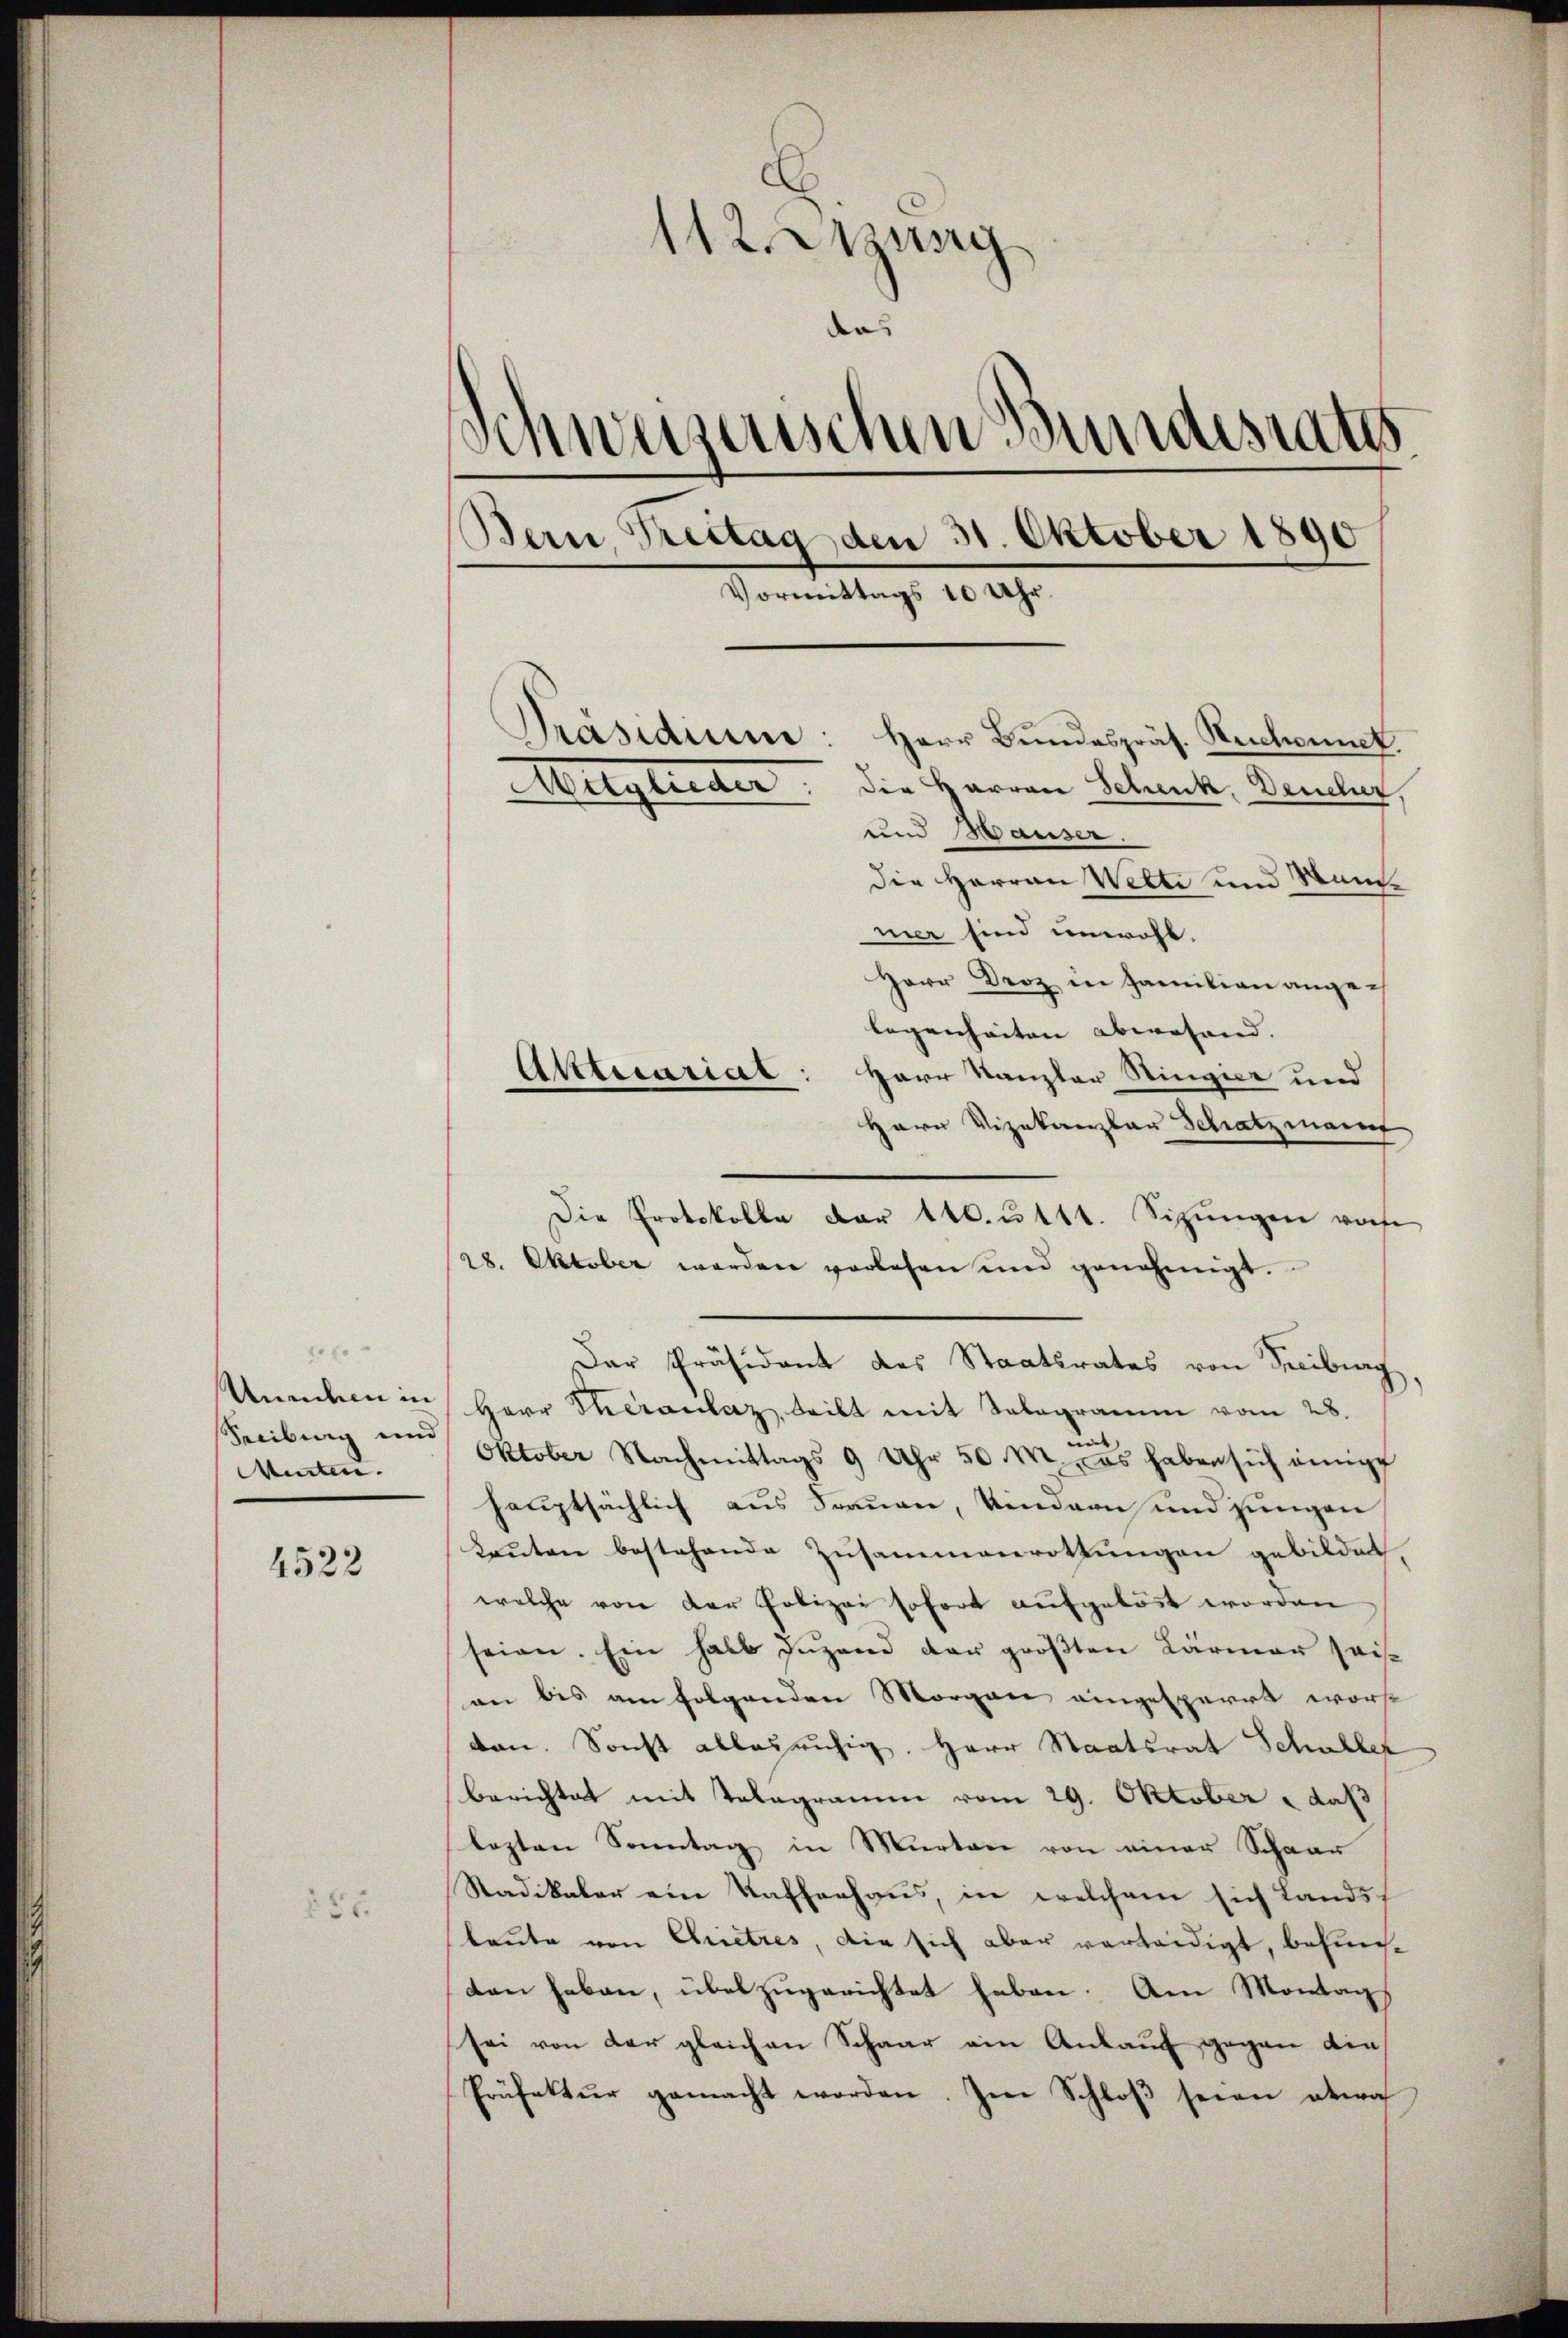
Unneben in
Seibung und
Mieten.

4522

55.

112. Jung
das
Schweizerischen Bundesraths
Bern Testag den 31. Oktober 1890
Vormittags 10 Uhr.
Präsidium: Herr Bundespräs. Ruchonnet.
Mitglieder. Die Harren Schenk, Demler,
und Hauser.

die Herren Wette und Manmer sind unwohl.
Herr Droz in Familien angelegenheiten abwesend. |
Atttuariat: Herr Kanzler Ringier und
Herr Vizekanzlar Schatzman
Die Protokolle der 140.ŭttt. Sizŭngen vorhe
28. Oktober werden vorlesen und genehmigt.
Der Präsident des Staatsrates von Freiburg
)
Herr Theranlaz teilt mit Telegramm vom 28.
Oktober Nachmittags 9 Uhr 50 M. das haben sich einige
hauptsächlich aus Frauen, Vindern und jungen
kauten bestehende Zusammenrottungen gebildet
welche von der Polizei sofort aufgelöst worden
seien. Ein halb Jŭgend der gröβten Lärmer sei-
an bis am folgenden Morgen eingesperrt worst
ton. Sonst alles ruhig. Herr Staatsrat Schuller
Berichtet mit Telegramm vom 29. Oktober, daß
lezten Sonntag in Murtare von einer Schaar
Stadikaler ein Kaffenhaus, in welchem sich Lands
leute von Chietres, die sich aber verteidigt, befunten haben, überzugerichtet haben. Am Montags
sei von der gleichen Schaar ein Ankauf gegen die
Präfektur gemacht worden. Im Schloβ seien etwa